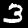
Label: 3